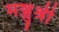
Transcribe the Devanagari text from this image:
मञ्जुश्री